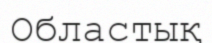
Областық